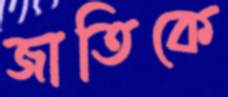
জাতিকে